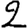
Digit: 2